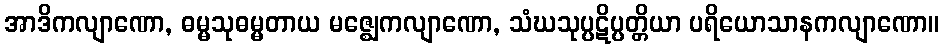
အာဒိကလျာဏော, ဓမ္မသုဓမ္မတာယ မဇ္ဈေကလျာဏော, သံဃသုပ္ပဋိပ္ပတ္တိယာ ပရိယောသာနကလျာဏော။